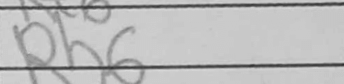
Transcription: Rh6